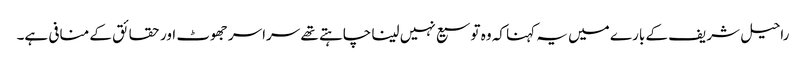
راحیل شریف کے بارے میں یہ کہنا کہ وہ توسیع نہیں لینا چاہتے تھے سراسر جھوٹ اور حقائق کے منافی ہے۔